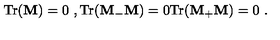
\mathrm { T r } ( { \bf M } ) = 0 \ , \mathrm { T r } ( { \bf M } _ { - } { \bf M } ) = 0 \mathrm { T r } ( { \bf M } _ { + } { \bf M } ) = 0 \ .